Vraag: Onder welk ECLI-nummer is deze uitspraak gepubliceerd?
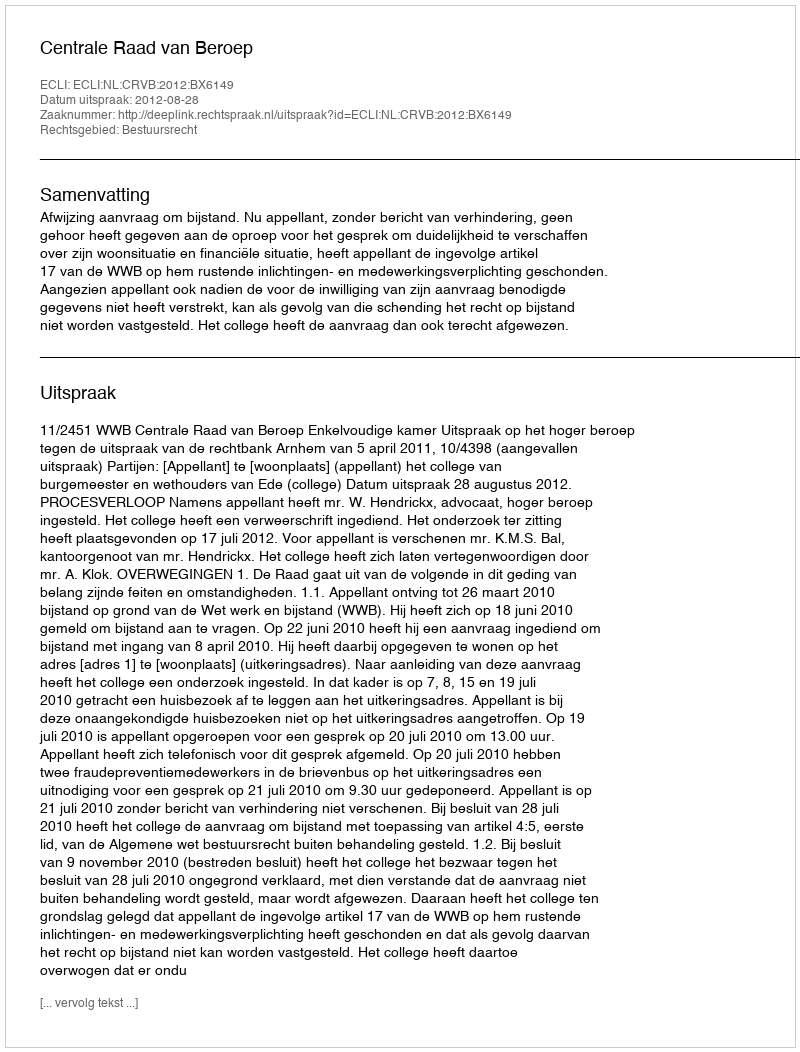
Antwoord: ECLI:NL:CRVB:2012:BX6149